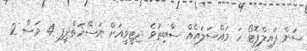
ސަން ފައިލްފޮޓޯ ހަ މައްސަލައެއް ސާބިތުވެ ދިޓީވީއަށް ނަސޭހަތްދީފި 4 މަސް 2